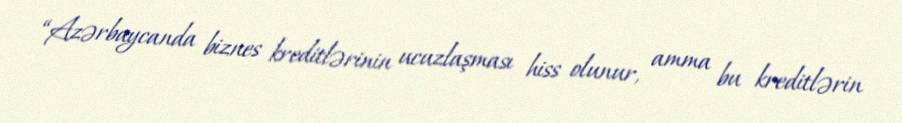
“Azərbaycanda biznes kreditlərinin ucuzlaşması hiss olunur, amma bu kreditlərin